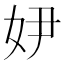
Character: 𡛂